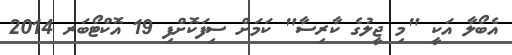
އެބޯލާ އަކީ "މި ޖީލުގެ ކާރިސާ" ކަމަށް ސިފަކޮށްފި 19 އޮކްޓޯބަރ 2014